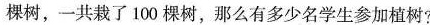
棵树，一共栽了100棵树，那么有多少名学生参加植树?